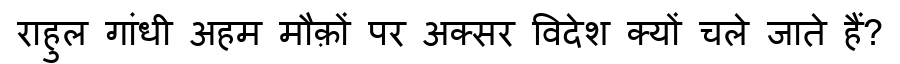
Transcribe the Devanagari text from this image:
राहुल गांधी अहम मौक़ों पर अक्सर विदेश क्यों चले जाते हैं?